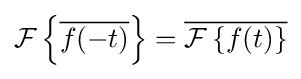
{\mathcal {F}}\left\{{\overline {f(-t)}}\right\}={\overline {{\mathcal {F}}\left\{f(t)\right\}}}